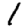
Digit: 1